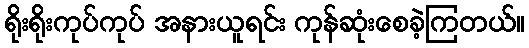
ရိုးရိုးကုပ်ကုပ် အနားယူရင်း ကုန်ဆုံးစေခဲ့ကြတယ်။